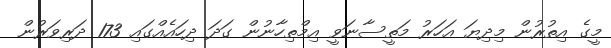
މީގެ އިތުރުން މިދިޔަ އަހަރު މަތީސާނަވީ އިމްތިހާނުން ގަދަ ދިހައެއްގައި 173 ދަރިވަރުން